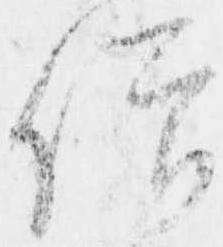
僧